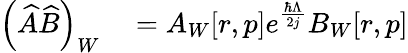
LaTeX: \begin{array}{rl}{\left(\widehat{A}\widehat{B}\right)_{W}}&{{}=A_{W}[r,p]e^{\frac{\hbar\Lambda}{2j}}B_{W}[r,p]}\end{array}